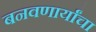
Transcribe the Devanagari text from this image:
बनवणार्यांचा